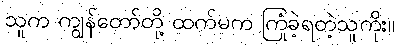
သူက ကျွန်တော်တို့ ထက်မက ကြုံခဲ့ရတဲ့သူကိုး။